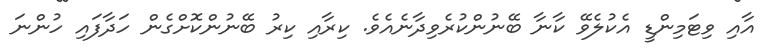
އާއި ވިޓަމިންޑީ އެކުލެވޭ ކާނާ ބޭނުންކުރެވިދާނެއެވެ. ކިރާއި ކިރު ބޭނުންކޮށްގެން ހަދާފައި ހުންނަ